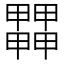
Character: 𤳵